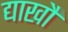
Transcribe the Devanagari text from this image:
द्याखौ